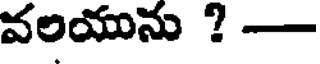
వలయును ? -